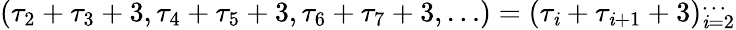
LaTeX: (\tau_{2}+\tau_{3}+3,\tau_{4}+\tau_{5}+3,\tau_{6}+\tau_{7}+3,\dots)=(\tau_{\mathit{i}}+\tau_{\mathit{i}+1}+3)_{\mathit{i}=2}^{\dots}